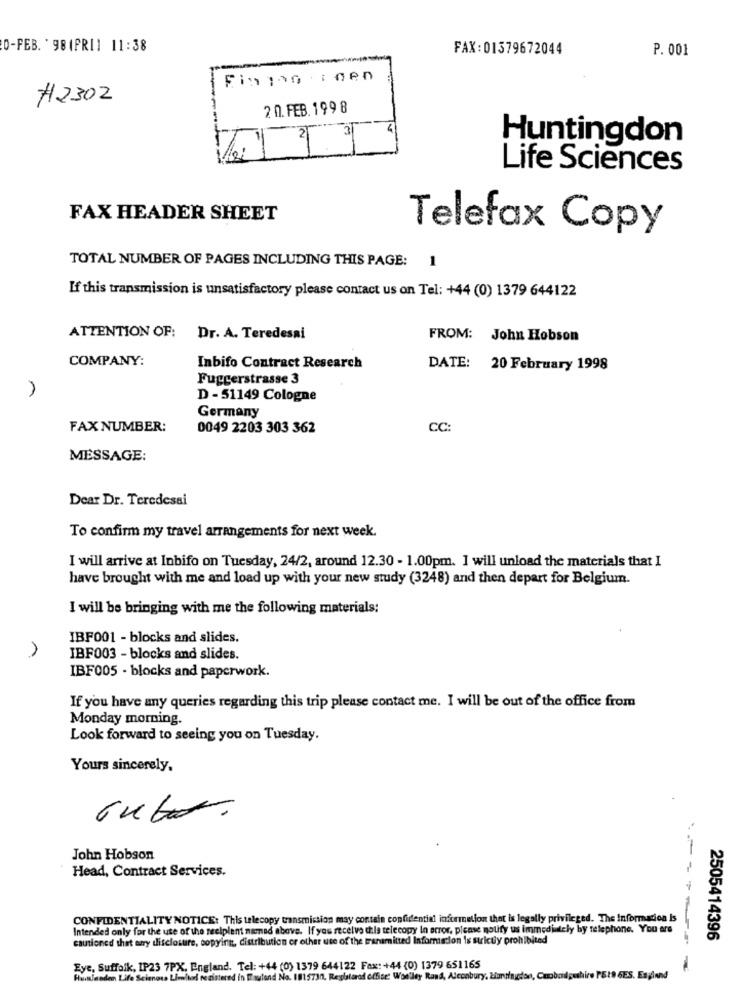
0-FEB. ' 98(PRI] 11:38
FAX: 01379672044
P. 001
#2302
2 0. FEB. 199 8
3
21
Huntingdon
Life Sciences
FAX HEADER SHEET
Telefax Copy
TOTAL NUMBER OF PAGES INCLUDING THIS PAGE: 1
If this transmission is unsatisfactory please contact us on Tel: +44 (0) 1379 644122
ATTENTION OF:
Dr. A. Teredesai
FROM: John Hobson
COMPANY:
Inbifo Contract Research
DATE: 20 February 1998
Fuggerstrasse 3
D - 51149 Cologne
Germany
FAX NUMBER:
0049 2203 303 362
CC:
MESSAGE:
Dear Dr. Teredesai
To confirm my travel arrangements for next week.
I will arrive at Inbifo on Tuesday, 24/2, around 12.30 - 1.00pm. I will unload the materials that I
have brought with me and load up with your new study (3248) and then depart for Belgium.
I will be bringing with me the following materials:
IBF001 - blocks and slides.
IBF003 - blocks and slides.
IBF005 - blocks and paperwork.
If you have any queries regarding this trip please contact me. I will be out of the office from
Monday morning.
Look forward to seeing you on Tuesday.
Yours sincerely,
John Hobson
Head, Contract Services.
CONFIDENTIALITY NOTICE: This tlecopy transmission may contain confidential information that is legally privileged. The Information Is
Intended only for the use of the recipient named above. If you receive this telecopy In error, please notify us immediately by telephone. You are
cautioned that any disclosure, copying, distribution or other use of the transmitted Information is strictly prohibited
---
2505414396
Eye, Suffolk, IP23 7PX, England. Tel: +44 (0) 1379 644122 Fax: +44 (0) 1379 651165
Humleaden Life Scienoss Limited registered in Eraufond No. 1815730, Registered office: Wonlley Rand, Alconbury, Huntingdon, Cuobciilgushire PS19 6ES. England